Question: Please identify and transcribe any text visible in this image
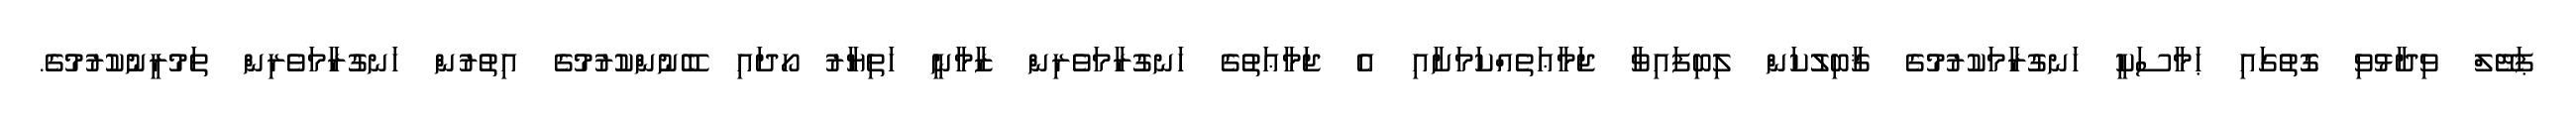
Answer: ޕަޓޭލް ވިދާޅުވި ގޮތުގައި ޙަމާސަކީ ހަނގުރާމަކުރުމުގެ ޤާބިލުކަން ލިބިފައިވާ ޖަމާޢަތެއްކަމަށާއި އެ ޖަމާޢަތުގެ ހަނގުރާމަވެރިން ޒާމާނީ ހަތިޔާރު ހޯދައި ބޭނުންކުރުމުގެ އިތުރުން ހަނގުރާމަވެރިން ތަމުރީނުކުރުމުގެ.